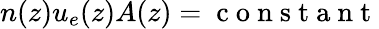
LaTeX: n(z)u_{e}(z)A(z)=\mathrm{~c~o~n~s~t~a~n~t~}